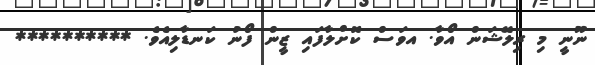
ނޫނީ މި ރިލޭޝަން އޯވާ. އވަސް ކޮށްލާފައި ޒީން ފޯނު ކަނޑާލިއެވެ. **********